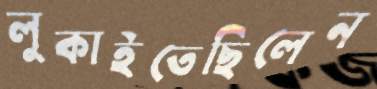
লুকাইতেছিলেন